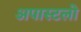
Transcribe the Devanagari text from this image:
अपास्टलो